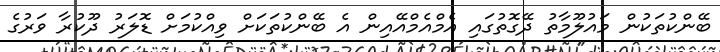
ބޭންކުތަކުން މައުލޫމާތު ދޭގޮތުގައި އެމްއެމްއޭއިން އެ ބޭންކުތަކަށް ވިއްކުމަށް ޑޮލަރު ދޫކުރާ ވަރުގެ